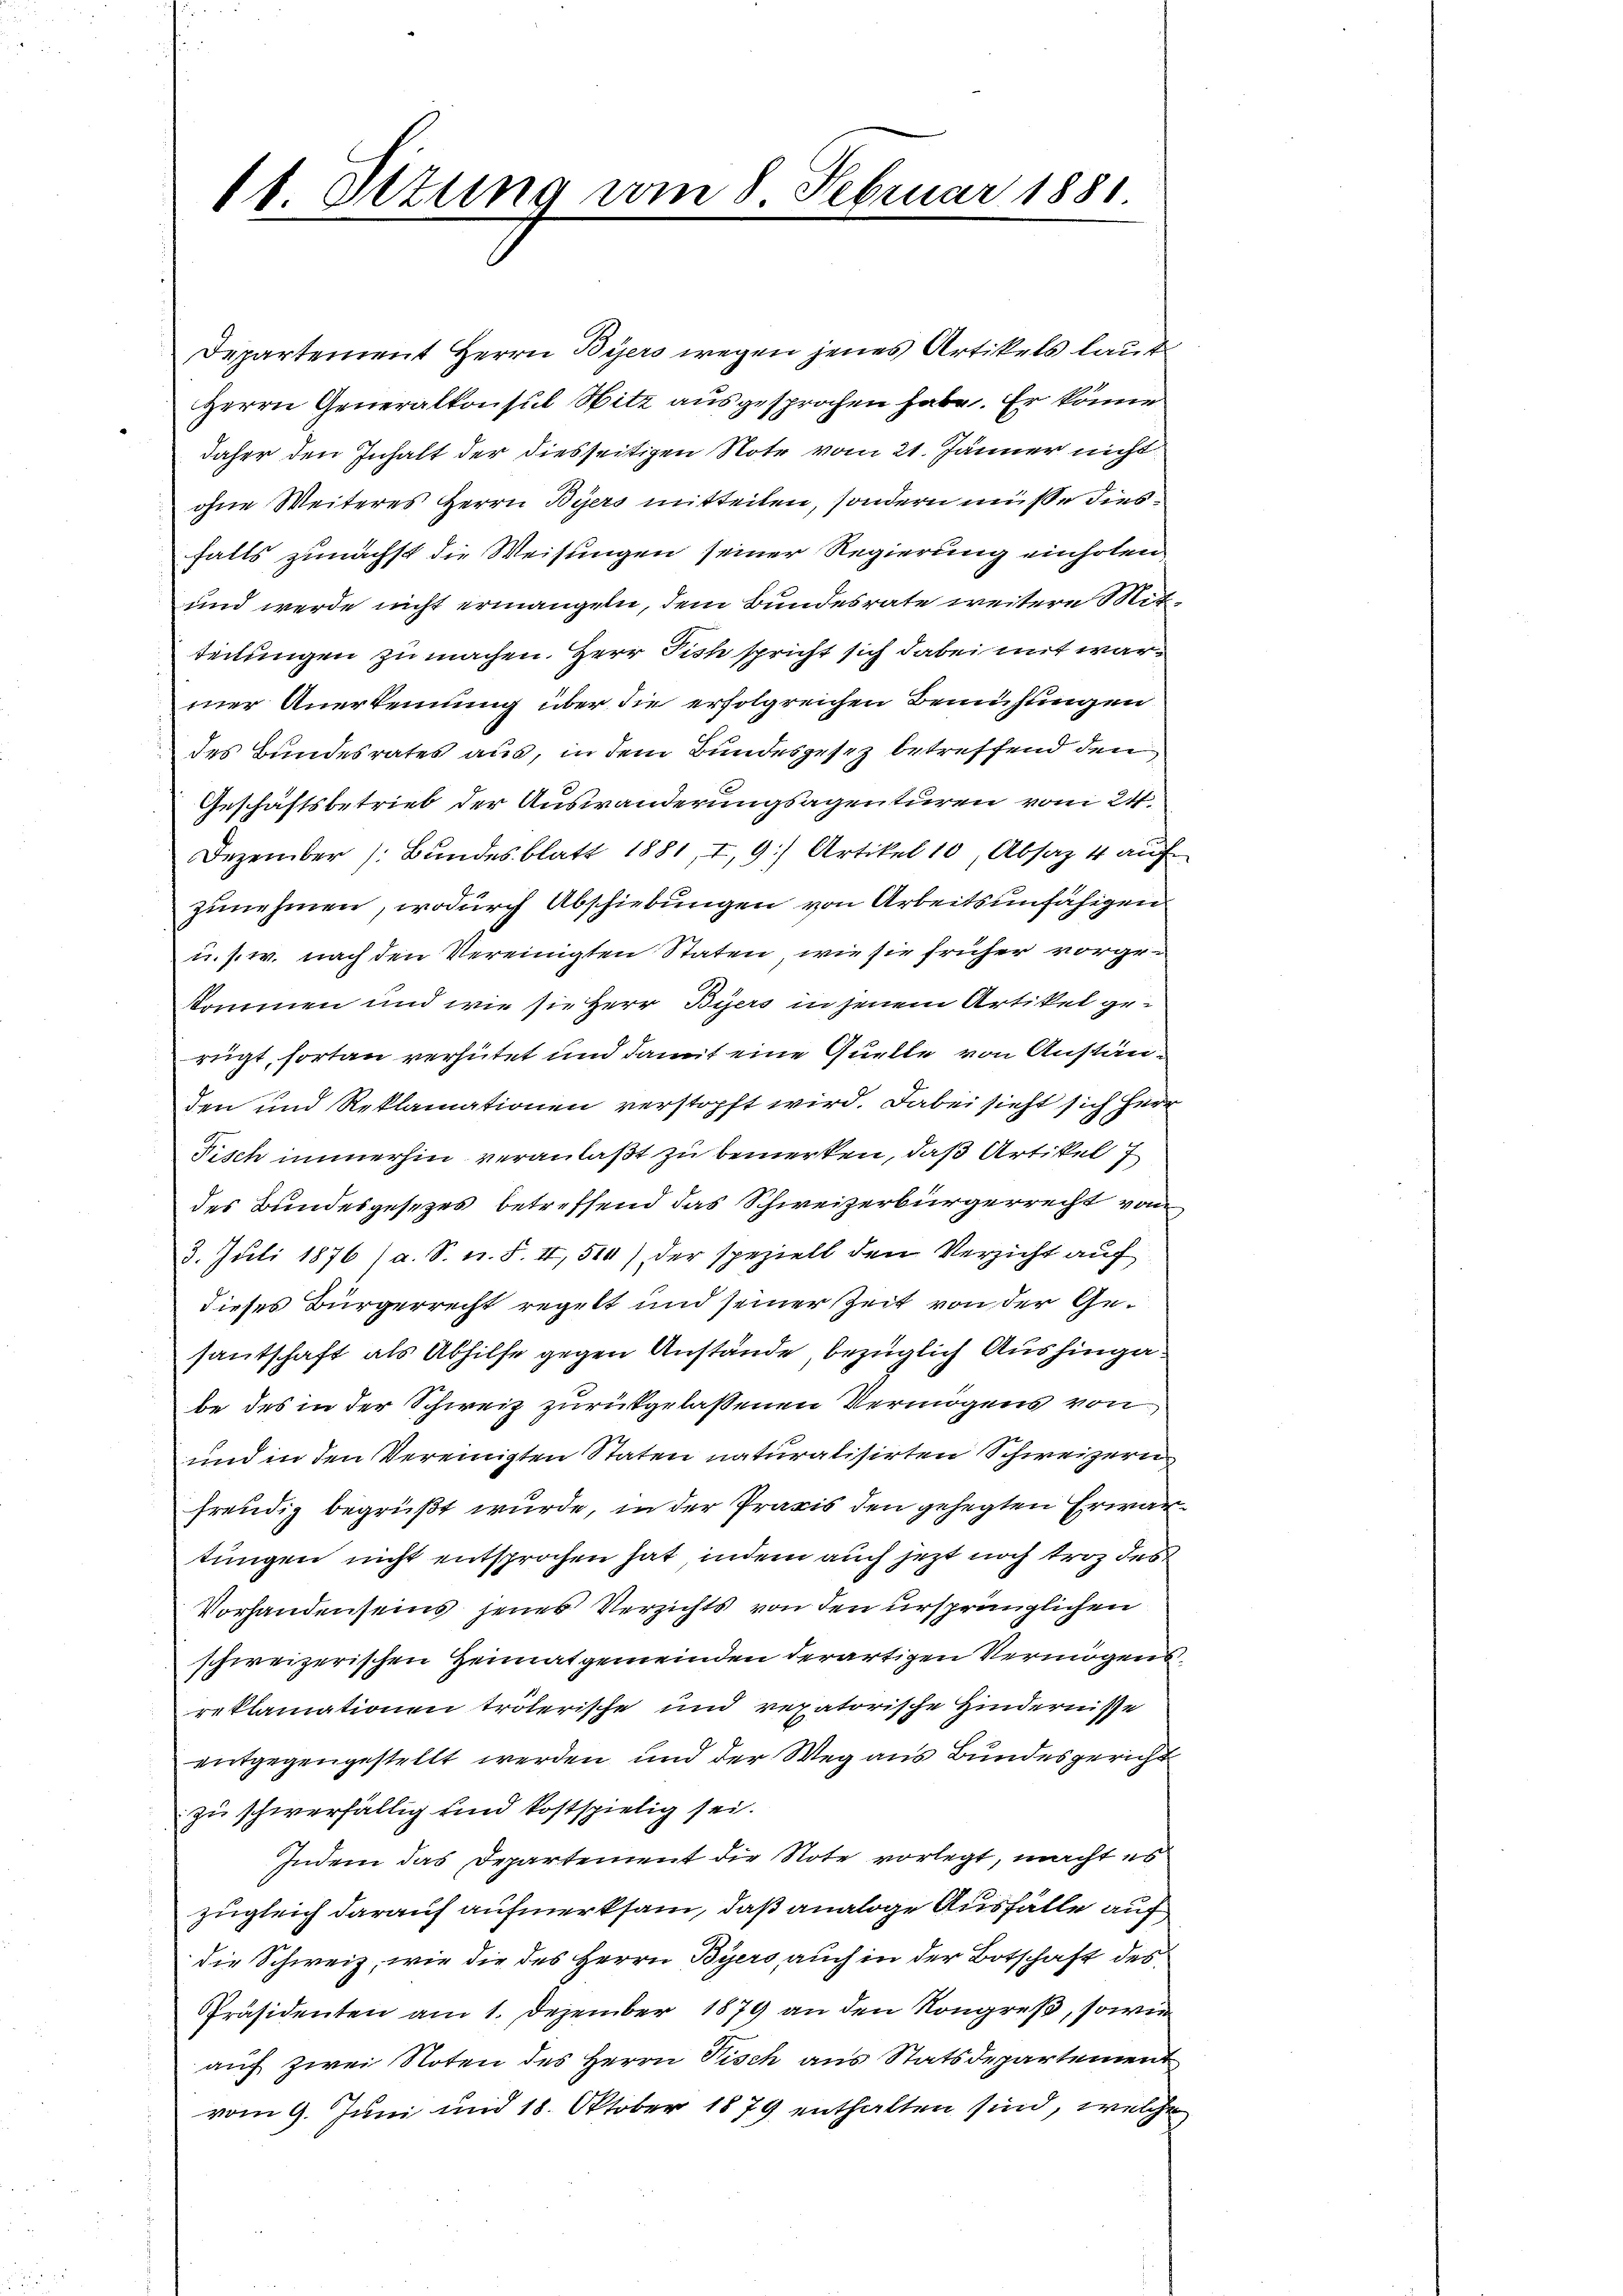
11 Ottung vom 8. Februar 1881.

Departement Herrn Byers wegen jenes Artikels laut
Herrn Generalkonsul Sitz ausgesprochen habe. Er könne
daher den Inhalt der diesseitigen Note vom 21. Jänner nicht
ohne Weiteres Herrn Byers mitteilen, sondern müße diesfalls zunächst die Weisungen seiner Regierung einholen
und werde nicht ermangeln, dem Bundesrate weitere Mitteilungen zu machen. Herr Tisch spricht sich dabei mit war
mer Anerkennung über die erfolgreichen Bemühungen
des Bundesrates aus, in dem Bundesgesez betreffend den
Geschäftsbetrieb der Auswanderungsagenturen vom 24.
Dezember /: Bundesblatt 1881, I, 9) Artikel 10, Absatz 4 auf
zunehmen, wodurch Abschiebungen von Arbeitsunfähigen
u. s. w. nach den Vereinigten Staten, wie sie früher vorgekommen und wie sie Herr Biers in jenem Artikel gerügt, fortan verhütet und damit eine Quelle von Anständen und Reklamationen verstopft wird. Dabei sieht sich herr
Fisch immerhin veranlaßt zu bemerken, daß Artikel
des Bundesgesetzes betreffend das Schweizerbürgerrecht von
3. Juli 1876 (a. S. n. F. II, 514) der speziell den Verzicht auf
dieses Bürgerrecht regelt und seiner Zeit von der Gesantschaft als Abhilfe gegen Anstände, bezüglich Aushingabe des in der Schweiz zurükgelassenen Vermögens von
und in den Vereinigten Staten naturalisirten Schweizern
freudig begrüßt wurde, in der Praxis den gehegten Erwartungen nicht entsprochen hat, indem auch jezt noch troz des
Vorhandenseins jenes Verzichts von den ursprünglichen
schweizerischen Heimatgemeinden derartigen Vermögensreklamationen troterische und rexatorische Hindernisse
entgegengestellt werden und der Weg aus Bundesgericht
zu schwerfällig und kostspielig sei.
Indem das Departement die Note vorlegt, macht es
zugleich darauf aufmerksam, daß analoge Ausfälle auf,
die Schweiz, wie die des Herrn Byers auch in der Botschaft des
Präsidenten am 1. Dezember 1879 an den Kongreß, sowie
auf zwei Noten des Herrn Visch aus Statsdepartement
vom 9. Juni und 18. Oktober 1879 enthalten sind, welche